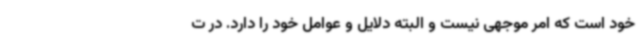
خود است که امر موجهی نیست و البته دلایل و عوامل خود را دارد. در ت